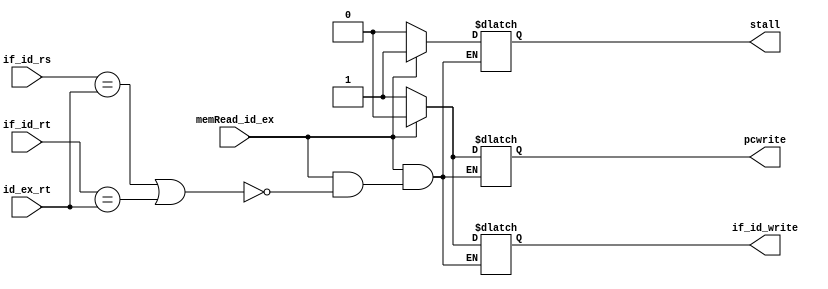
`timescale 1ns / 1ps
//////////////////////////////////////////////////////////////////////////////////
// Company: 
// Engineer: 
// 
// Design Name: 
// Module Name: stalling_unit
// Project Name: 
// Target Devices: 
// Tool Versions: 
// Description: 
// 
// Dependencies: 
// 
// Revision:
// Revision 0.01 - File Created
// Additional Comments:
// 
//////////////////////////////////////////////////////////////////////////////////


module stalling_unit(if_id_rs,if_id_rt,id_ex_rt,memRead_id_ex,stall,if_id_write,pcwrite);
input [4:0] if_id_rs , if_id_rt , id_ex_rt; 
input memRead_id_ex;
output reg stall , if_id_write , pcwrite ;

always@(*)
begin

if(memRead_id_ex == 1'b1)
begin
if(if_id_rs == id_ex_rt || if_id_rt == id_ex_rt )
begin
stall = 1'b1;
pcwrite = 1'b0;
if_id_write = 1'b0;
end
end

else
begin
stall = 1'b0;
pcwrite = 1'b1;
if_id_write = 1'b1;
end

end 
endmodule